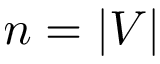
n = | V |